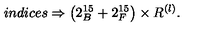
i n d i c e s \Rightarrow \left( 2 _ { B } ^ { 1 5 } + 2 _ { F } ^ { 1 5 } \right) \times R ^ { \left( l \right) } .